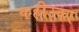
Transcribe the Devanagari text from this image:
कहीउका